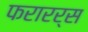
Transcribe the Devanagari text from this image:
फरारर्स